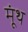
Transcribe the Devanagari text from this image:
मूंथ